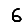
Digit: 6